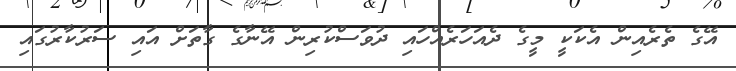
އޭގެ ތެރެއިން އެކަކީ މީގެ ދެއަހަރެއްހައި ދުވަސްކުރިން އޭނާގެ ގާތަށް އައި ސަރުކާރުގައި